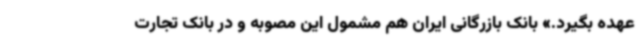
عهده بگیرد.» بانک بازرگانی ایران هم مشمول این مصوبه و در بانک تجارت